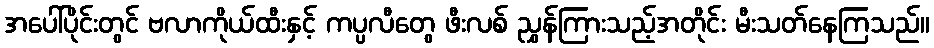
အပေါ်ပိုင်းတွင် ဗလာကိုယ်ထီးနှင့် ကပ္ပလီတွေ ဖီးလစ် ညွှန်ကြားသည့်အတိုင်း မီးသတ်နေကြသည်။